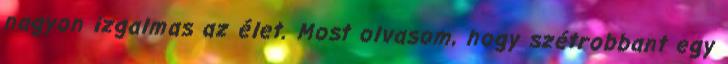
nagyon izgalmas az élet. Most olvasom, hogy szétrobbant egy